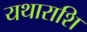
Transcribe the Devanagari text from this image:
यथाराशि